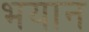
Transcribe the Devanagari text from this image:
भयान